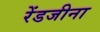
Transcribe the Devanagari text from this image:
रेंडजीना